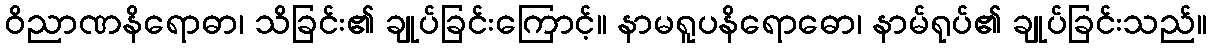
ဝိညာဏနိရောဓာ၊ သိခြင်း၏ ချုပ်ခြင်းကြောင့်။ နာမရူပနိရောဓော၊ နာမ်ရုပ်၏ ချုပ်ခြင်းသည်။